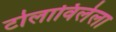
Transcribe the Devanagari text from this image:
टोलाविलेला